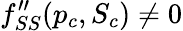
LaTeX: f_{SS}^{\prime\prime}(p_{c},S_{c})\neq 0